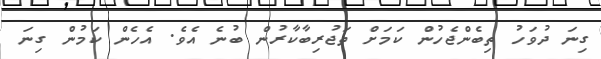
ގިނަ ދުވަހު ތިބެންޖެހުން ކަމަށް ތަޖުރިބާކާރުން ބުނެ އެވެ. އެހެން ކަމުން ގިނަ